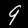
Label: 9